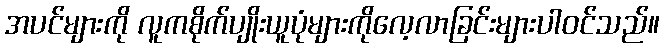
အပင်များကို လူကစိုက်ပျိုးယူပုံများကိုလေ့လာခြင်းများပါဝင်သည်။